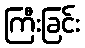
ကြီးခြင်း